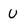
Character: U